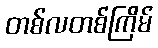
တစ်လတစ်ကြိမ်